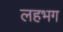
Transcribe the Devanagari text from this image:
लहभग